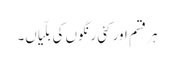
ہر قسم اور کئی رنگوں کی بلّیاں۔